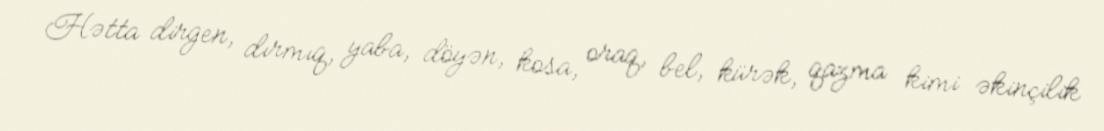
Hətta dirgen, dırmıq, yaba, döyən, kosa, oraq, bel, kürək, qazma kimi əkinçilik